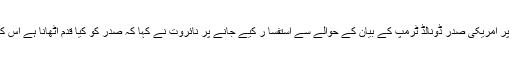
امریکی دشمنوں سے نمٹنے کے قانون کے نفاذ پر امریکی صدر ڈونالڈ ٹرمپ کے بیان کے حوالے سے استفسا ر کیے جانے پر نائروت نے کہا کہ صدر کو کیا قدم اٹھانا ہے اس کا وہ پہلے سے ہی اعلان کرنا پسند نہیں کرتے ۔